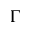
\Gamma